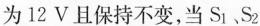
为12V且保持不变，当S_{1}、S_{2}